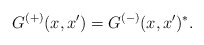
\begin{align*}G^{(+)}(x,x') = G^{(-)}(x,x')^*.\end{align*}